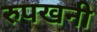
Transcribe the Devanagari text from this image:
रुपखनी